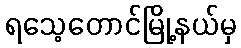
ရသေ့တောင်မြို့နယ်မှ